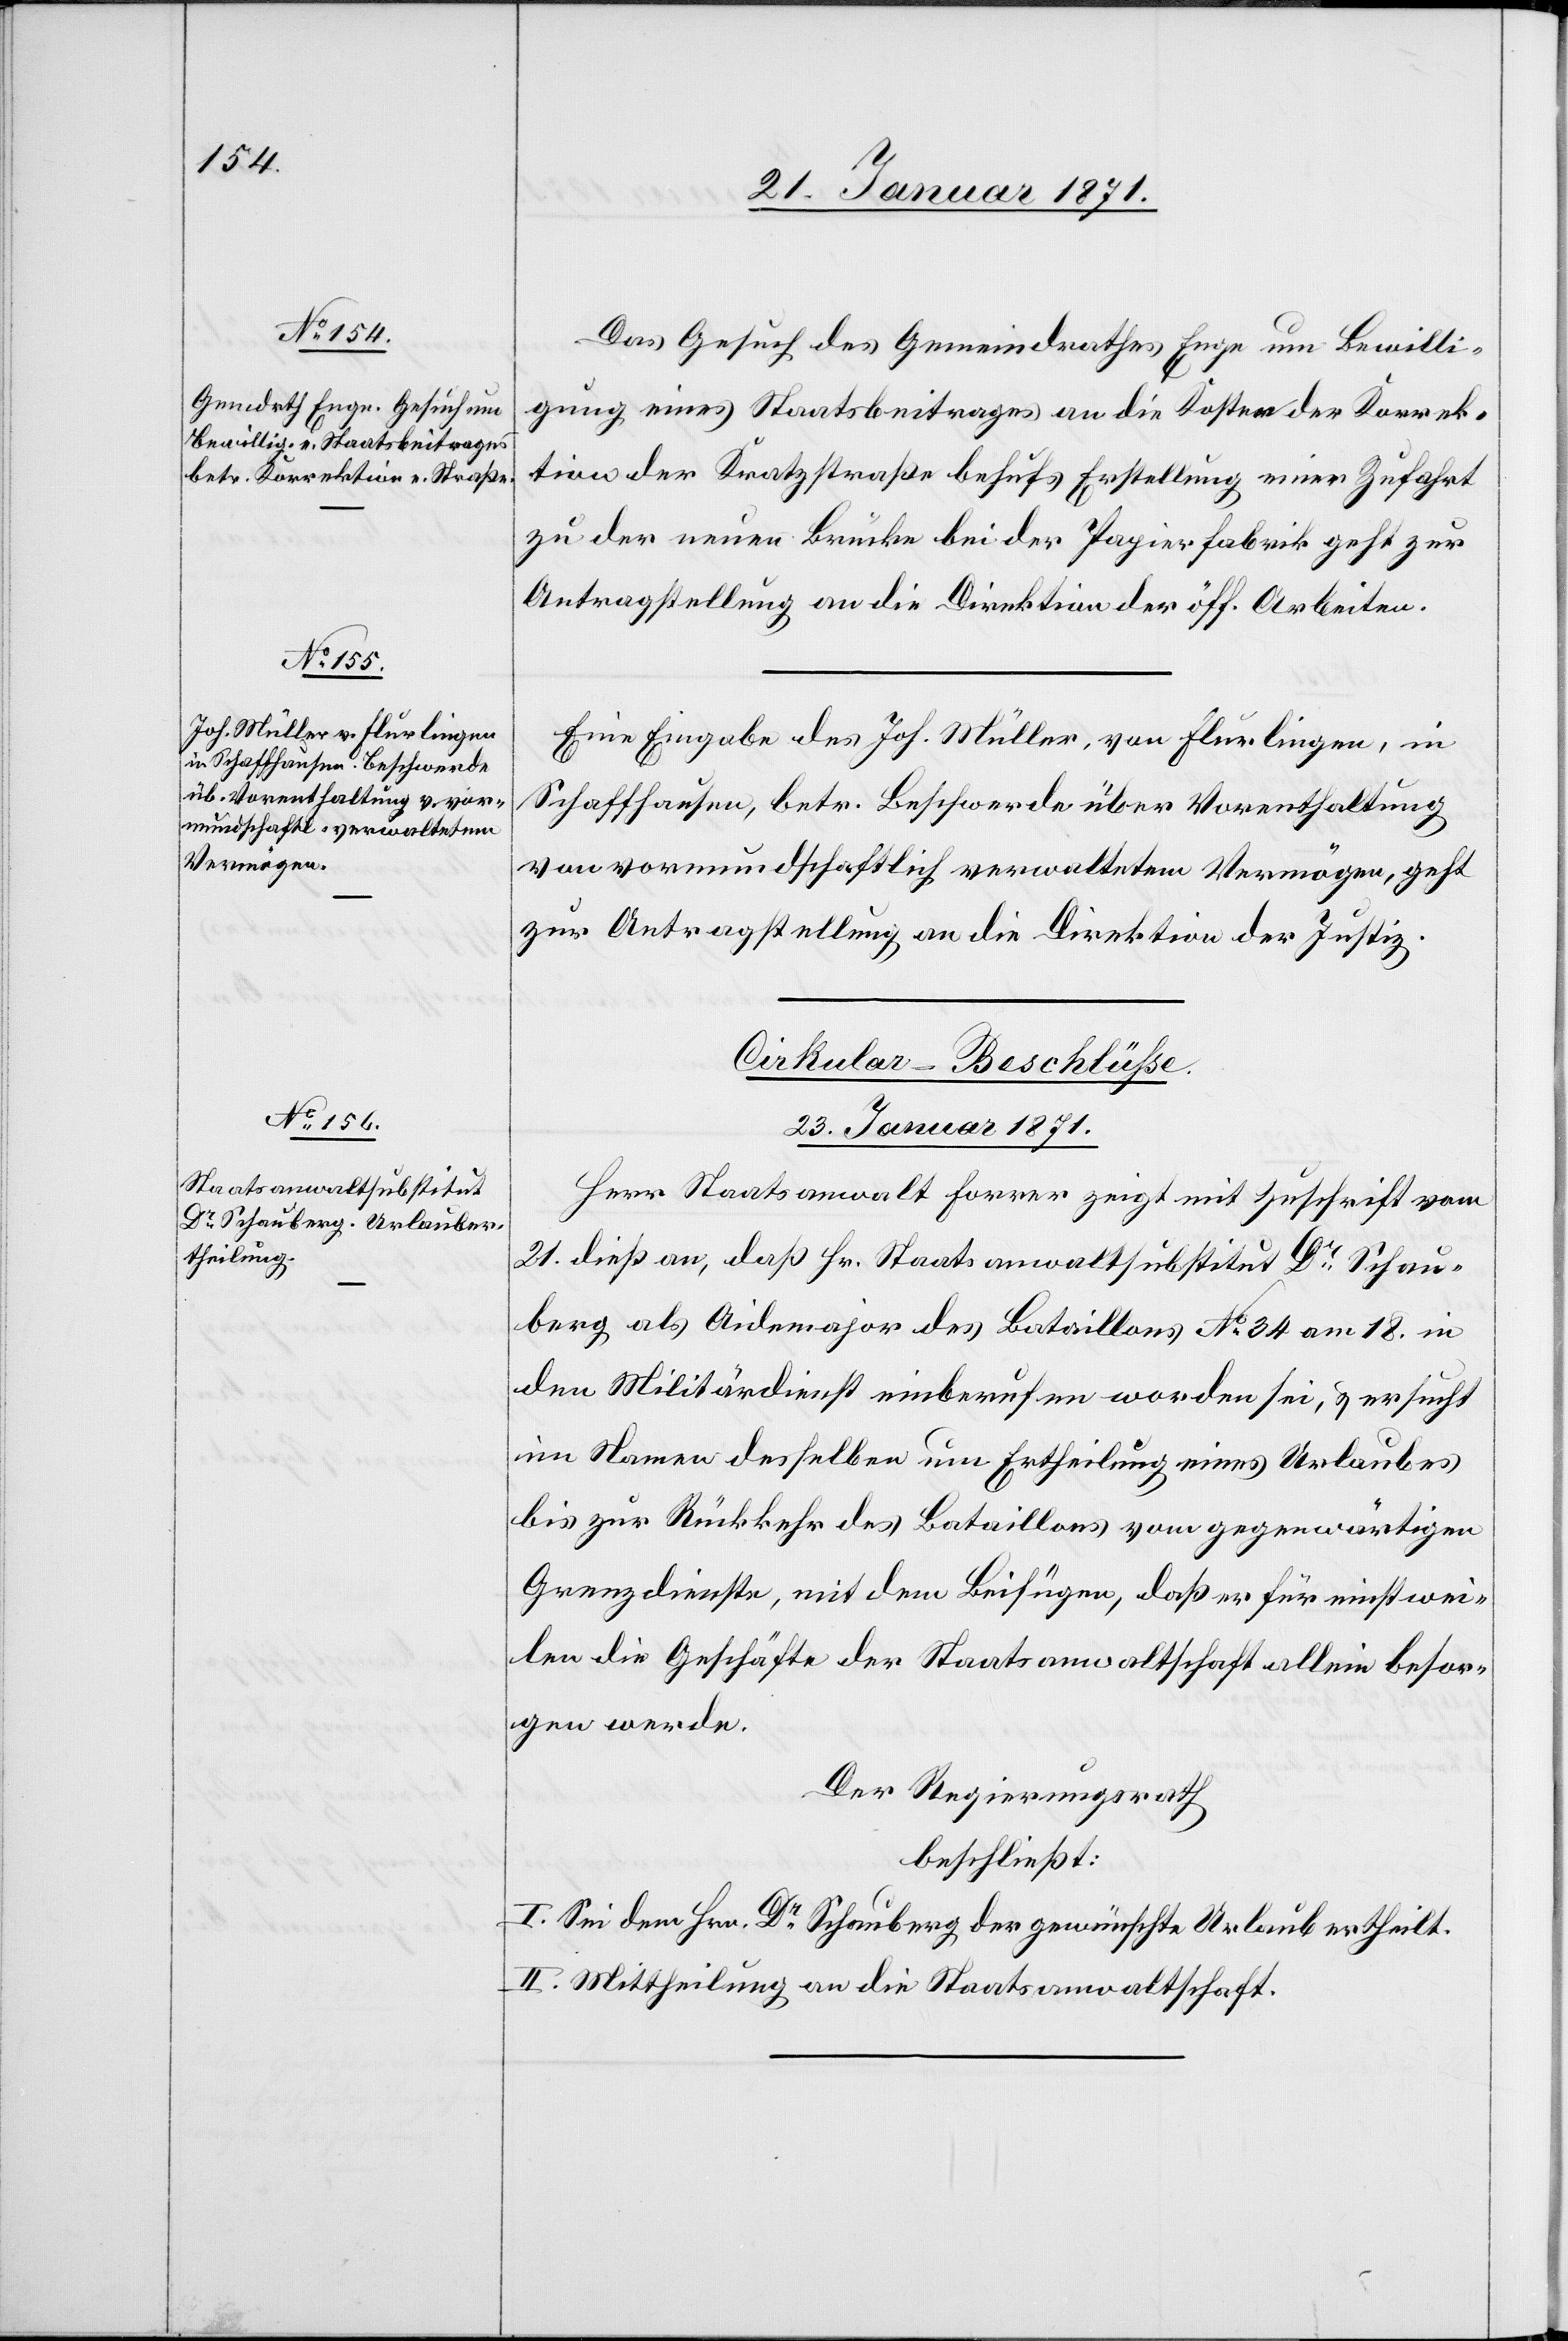
Das Gesuch des Gemeindrathes Enge um Bewilli¬
gung eines Staatsbeitrages an die Kosten der Korrek¬
tion der Kratzstraße behufs Erstellung einer Zufahrt
zu der neuen Brücke bei der Papierfabrik geht zur
Antragstellung an die Direktion der öff. Arbeiten.
Eine Eingabe des Joh. Müller, von Flurlingen, in
Schaffhausen, betr. Beschwerde über Vorenthaltung
von vormundschaftlich verwaltetem Vermögen, geht
zur Antragstellung an die Direktion der Justiz.
Cirkular-Beschlüße
23. Januar 1871.
Herr Staatsanwalt Forrer zeigt mit Zuschrift vom
21. dieß an, daß Hr. Staatsanwaltsubstitut Dr. Schau¬
berg als Aidemajor des Bataillons No.34 am 18. in
den Militärdienst einberufen worden sei, u. ersucht
im Namen desselben um Ertheilung eines Urlaubes
bis zur Rückkehr des Bataillons vom gegenwärtigen
Grenzdienste, mit dem Beifügen, daß er für einstwei¬
len die Geschäfte der Staatsanwaltschaft allein besor¬
gen werde.
Der Regierungsrath
beschließt:
I. Sei dem Hrn. Dr. Schauberg der gewünschte Urlaub ertheilt.
II. Mittheilung an die Staatsanwaltschaft.